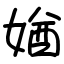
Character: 媨